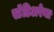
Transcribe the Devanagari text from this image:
स्टॅडिअरेना